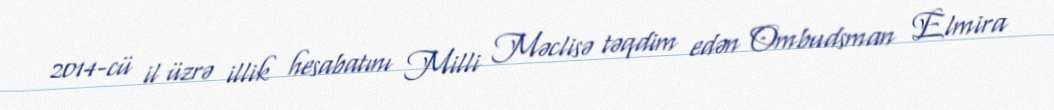
2014-cü il üzrə illik hesabatını Milli Məclisə təqdim edən Ombudsman Elmira